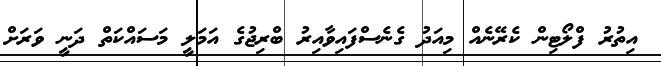
އިތުރު ފްލޯޓިން ކެރޭނެއް މިއަދު ގެނެސްފައިވާއިރު ބްރިޖުގެ އަމަލީ މަސައްކަތް ދަނީ ވަރަށް